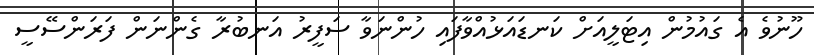
ހޫނުވެ އެ ގައުމުން އިޓަލީއަށް ކަނޑައަޅުއްވާފައި ހުންނަވާ ސަފީރު އަނބުރާ ގެންނަން ފަރަންސޭސީ